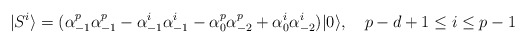
\begin{align*}|S^i\rangle=(\alpha_{-1}^p\alpha_{-1}^p-\alpha_{-1}^i\alpha_{-1}^i-\alpha_0^p\alpha_{-2}^p+\alpha_0^i\alpha_{-2}^i)|0\rangle , \quad p-d+1\le i\le p-1\end{align*}